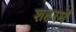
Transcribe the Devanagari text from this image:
शहरमेँ